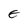
Character: E